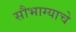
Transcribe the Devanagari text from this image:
सौभाग्याचे